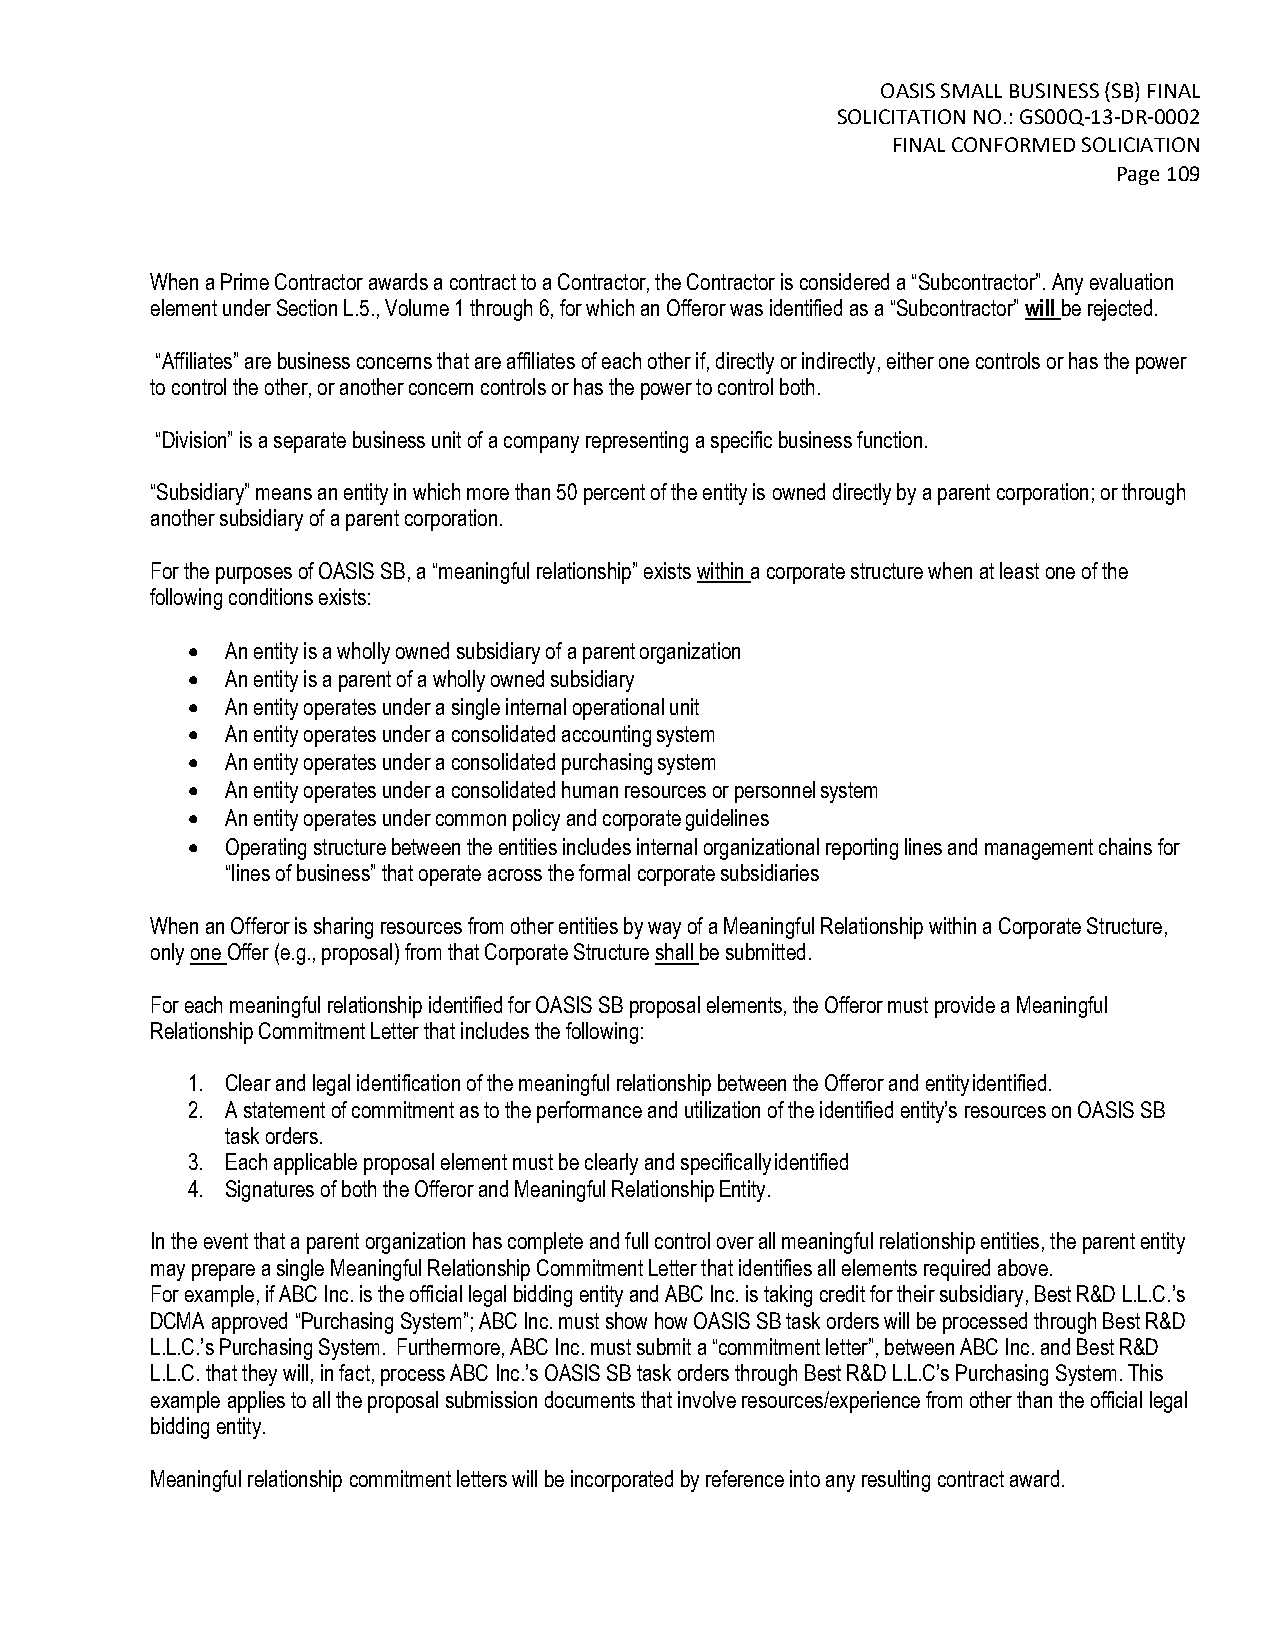
OASIS SMALL BUSINESS (SB) FINAL
 SOLICITATION NO.: GS00Q-13-DR-0002
 FINAL CONFORMED SOLICIATION
 Page 109
 When a Prime Contractor awards a contract to a Contractor, the Contractor is considered a “Subcontractor”. Any evaluation
 element under Section L.5., Volume 1 through 6, for which an Offeror was identified as a “Subcontractor” will be rejected.
 “Affiliates” are business concerns that are affiliates of each other if, directly or indirectly, either one controls or has the power
 to control the other, or another concern controls or has the power to control both.
 “Division” is a separate business unit of a company representing a specific business function.
 “Subsidiary” means an entity in which more than 50 percent of the entity is owned directly by a parent corporation; or through
 another subsidiary of a parent corporation.
 For the purposes of OASIS SB, a “meaningful relationship” exists within a corporate structure when at least one of the
 following conditions exists:
   An entity is a wholly owned subsidiary of a parent organization
   An entity is a parent of a wholly owned subsidiary
   An entity operates under a single internal operational unit
   An entity operates under a consolidated accounting system
   An entity operates under a consolidated purchasing system
   An entity operates under a consolidated human resources or personnel system
   An entity operates under common policy and corporate guidelines
   Operating structure between the entities includes internal organizational reporting lines and management chains for
 “lines of business” that operate across the formal corporate subsidiaries
 When an Offeror is sharing resources from other entities by way of a Meaningful Relationship within a Corporate Structure,
 only one Offer (e.g., proposal) from that Corporate Structure shall be submitted.
 For each meaningful relationship identified for OASIS SB proposal elements, the Offeror must provide a Meaningful
 Relationship Commitment Letter that includes the following:
 1. Clear and legal identification of the meaningful relationship between the Offeror and entity identified.
 2. A statement of commitment as to the performance and utilization of the identified entity’s resources on OASIS SB
 task orders.
 3. Each applicable proposal element must be clearly and specifically identified
 4. Signatures of both the Offeror and Meaningful Relationship Entity.
 In the event that a parent organization has complete and full control over all meaningful relationship entities, the parent entity
 may prepare a single Meaningful Relationship Commitment Letter that identifies all elements required above.
 For example, if ABC Inc. is the official legal bidding entity and ABC Inc. is taking credit for their subsidiary, Best R&D L.L.C.’s
 DCMA approved “Purchasing System”; ABC Inc. must show how OASIS SB task orders will be processed through Best R&D
 L.L.C.’s Purchasing System. Furthermore, ABC Inc. must submit a “commitment letter”, between ABC Inc. and Best R&D
 L.L.C. that they will, in fact, process ABC Inc.’s OASIS SB task orders through Best R&D L.L.C’s Purchasing System. This
 example applies to all the proposal submission documents that involve resources/experience from other than the official legal
 bidding entity.
 Meaningful relationship commitment letters will be incorporated by reference into any resulting contract award.